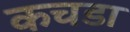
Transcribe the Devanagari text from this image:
कचडा